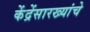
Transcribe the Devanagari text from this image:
केंद्रेंसारख्यांचे